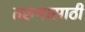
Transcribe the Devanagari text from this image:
तरुणासाठी